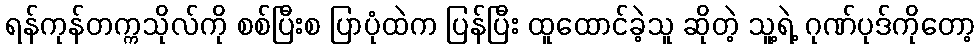
ရန်ကုန်တက္ကသိုလ်ကို စစ်ပြီးစ ပြာပုံထဲက ပြန်ပြီး ထူထောင်ခဲ့သူ ဆိုတဲ့ သူ့ရဲ့ ဂုဏ်ပုဒ်ကိုတော့